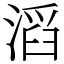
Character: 滔